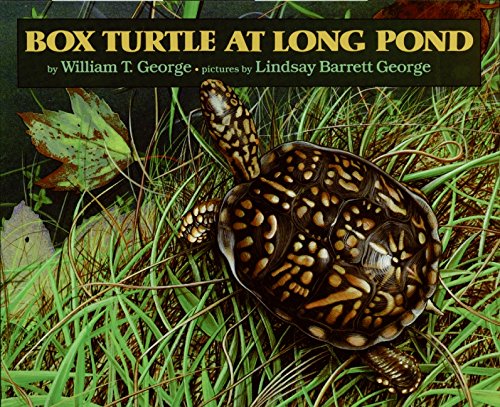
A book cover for Box Turtle at Long Pond; William T. George; Children's Books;